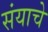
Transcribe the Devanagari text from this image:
संयाचे